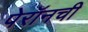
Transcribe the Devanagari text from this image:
पेरॉनची